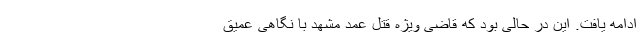
ادامه یافت. این در حالی بود که قاضی ویژه قتل عمد مشهد با نگاهی عمیق